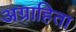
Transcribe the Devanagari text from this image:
अग्राहिता